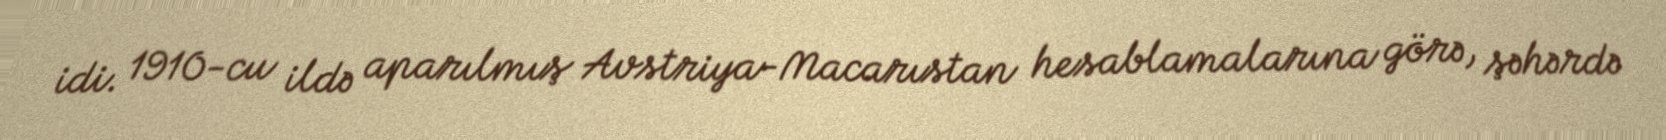
idi. 1910-cu ildə aparılmış Avstriya-Macarıstan hesablamalarına görə, şəhərdə